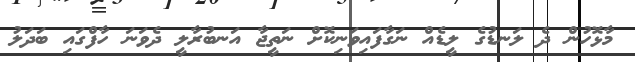
މާޅޮހުން ދެ ލަނޑުގެ ލީޑެއް ނަގާފައިވަނިކޮށް ނަތީޖާ އަނބުރާލީ ދެވަނަ ހާފްގައި ބަދަލު